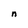
Character: n